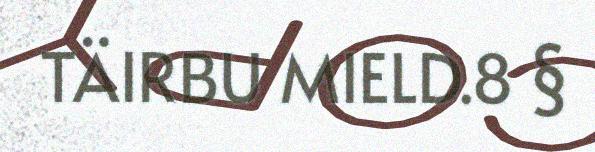
TÄIRBU MIELD.8 §